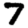
Digit: 7